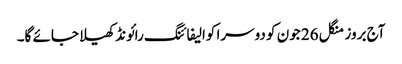
آج بروز منگل 26 جون کو دوسرا کوالیفائنگ رائونڈ کھیلا جائے گا۔